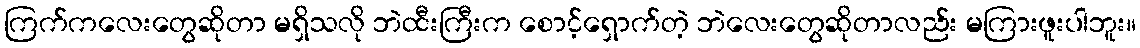
ကြက်ကလေးတွေဆိုတာ မရှိသလို ဘဲထီးကြီးက စောင့်ရှောက်တဲ့ ဘဲလေးတွေဆိုတာလည်း မကြားဖူးပါဘူး။